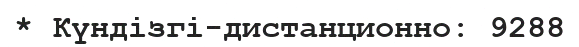
* Күндізгі-дистанционно: 9288